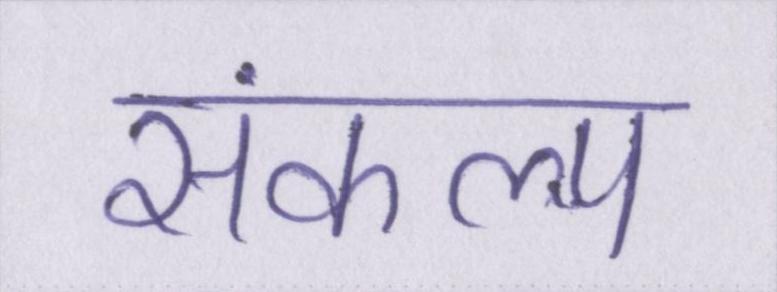
संकल्प